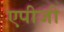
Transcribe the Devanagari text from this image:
एपीजी